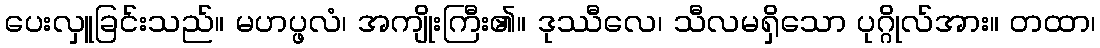
ပေးလှူခြင်းသည်။ မဟပ္ဖလံ၊ အကျိုးကြီး၏။ ဒုဿီလေ၊ သီလမရှိသော ပုဂ္ဂိုလ်အား။ တထာ၊